Annual administration and progress report of the Indian Medical Department, Bombay
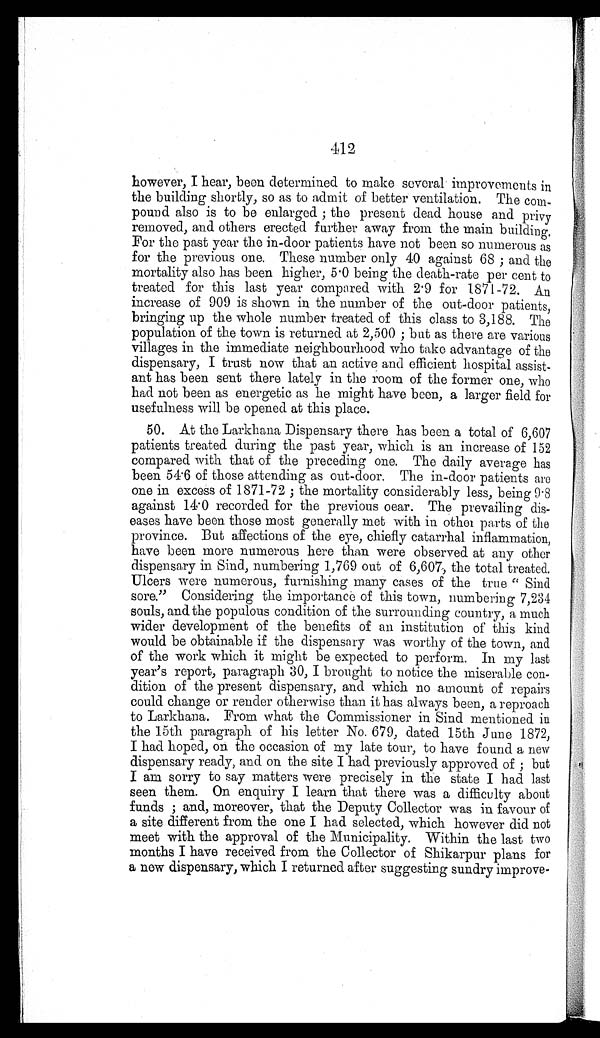
412
however, I hear, been determined to make several improvements in
the building shortly, so as to admit of better ventilation. The com--
pound also is to be enlarged; the present dead house and privy
removed, and others erected further away from the main building.
For the past year the in-door patients have not been so numerous as
for the previous one. These number only 40 against 68; and the
mortality also has been higher, 5.0 being the death-rate per cent to
treated for this last year compared with 2.9 for 1871-72. An
increase of 909 is shown in the number of the out-door patients,
bringing up the whole number treated of this class to 3,188. The
population of the town is returned at 2,500; but as there are various
villages in the immediate neighbourhood who take advantage of the
dispensary, I trust now that an active and efficient hospital assist--
ant has been sent there lately in the room of the former one, who
had not been as energetic as he might have been, a larger field for
usefulness will be opened at this place.
50. At the Larkhana Dispensary there has been a total of 6,607
patients treated during the past year, which is an increase of 152
compared with that of the preceding one. The daily average has
been 54.6 of those attending as out-door. The in-door patients are
one in excess of 1871-72; the mortality considerably less, being 9.8
against 14.0 recorded for the previous oear. The prevailing dis--
eases have been those most generally met with in other parts of the
province. But affections of the eye, chiefly catarrhal inflammation,
have been more numerous here than were observed at any other
dispensary in Sind, numbering 1,769 out of 6,607, the total treated.
Ulcers were numerous, furnishing many cases of the true "Sind
sore." Considering the importance of this town, numbering 7,234
souls, and the populous condition of the surrounding country, a much
wider development of the benefits of an institution of this kind
would be obtainable if the dispensary was worthy of the town, and
of the work which it might be expected to perform. In my last
year's report, paragraph 30, I brought to notice the miserable con-
-dition of the present dispensary, and which no amount of repairs
could change or render otherwise than it has always been, a reproach
to Larkhana. From what the Commissioner in Sind mentioned in
the 15th paragraph of his letter No. 679, dated 15th June 1872,
I had hoped, on the occasion of my late tour, to have found a new
dispensary ready, and on the site I had previously approved of; but
I am sorry to say matters were precisely in the state I had last
seen them. On enquiry I learn that there was a difficulty about
funds; and, moreover, that the Deputy Collector was in favour of
a site different from the one I had selected, which however did not
meet with the approval of the Municipality. Within the last two
months I have received from the Collector of Shikarpur plans for
a new dispensary, which I returned after suggesting sundry improve-